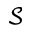
\mathcal { S }